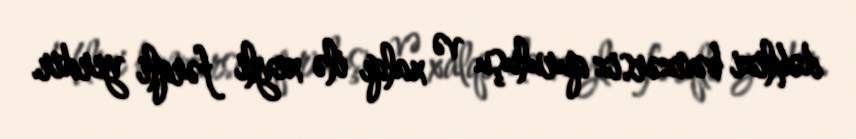
dəhlizi bənzərsiz quruluşu və xalqı ilə xeyli fərqli yerdir.